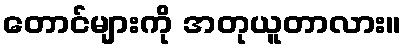
တောင်များကို အတုယူတာလား။